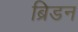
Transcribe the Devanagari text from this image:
ब्रिडन